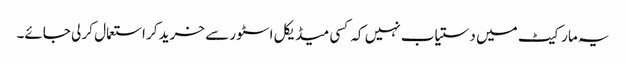
یہ مارکیٹ میں دستیاب نہیں کہ کسی میڈیکل اسٹور سے خرید کر استعمال کر لی جائے۔